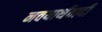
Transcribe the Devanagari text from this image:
नवयार्थवादी